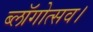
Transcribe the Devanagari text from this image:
ब्लॉगोत्सव।